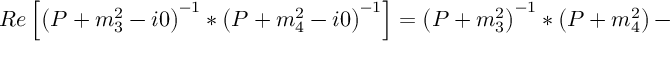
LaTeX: R e \left[ \left( P + m _ { 3 } ^ { 2 } - i 0 \right) ^ { - 1 } \ast \left( P + m _ { 4 } ^ { 2 } - i 0 \right) ^ { - 1 } \right] = \left( P + m _ { 3 } ^ { 2 } \right) ^ { - 1 } \ast \left( P + m _ { 4 } ^ { 2 } \right) -